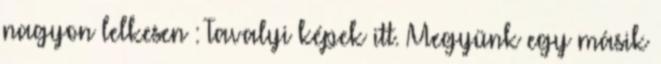
nagyon lelkesen : Tavalyi képek itt. Megyünk egy másik